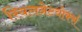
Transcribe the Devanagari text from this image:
रियलनेटवोर्क्स